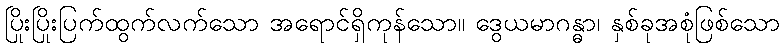
ပြိုးပြိုးပြက်ထွက်လက်သော အရောင်ရှိကုန်သော။ ဒွေယမာဂန္ဓာ၊ နှစ်ခုအစုံဖြစ်သော